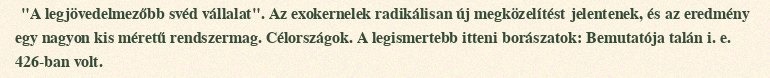
"A legjövedelmezőbb svéd vállalat". Az exokernelek radikálisan új megközelítést jelentenek, és az eredmény egy nagyon kis méretű rendszermag. Célországok. A legismertebb itteni borászatok: Bemutatója talán i. e. 426-ban volt.